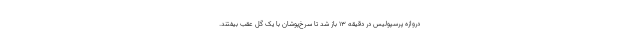
دروازه پرسپولیس در دقیقه ۱۳ باز شد تا سرخ‌پوشان با یک گل عقب بیفتند.